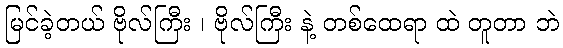
မြင်ခဲ့တယ် ဗိုလ်ကြီး ၊ ဗိုလ်ကြီး နဲ့ တစ်ထေရာ ထဲ တူတာ ဘဲ